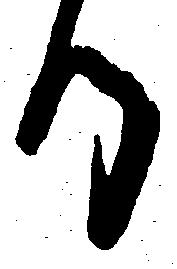
る